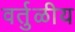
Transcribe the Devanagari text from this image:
वर्तुळीय